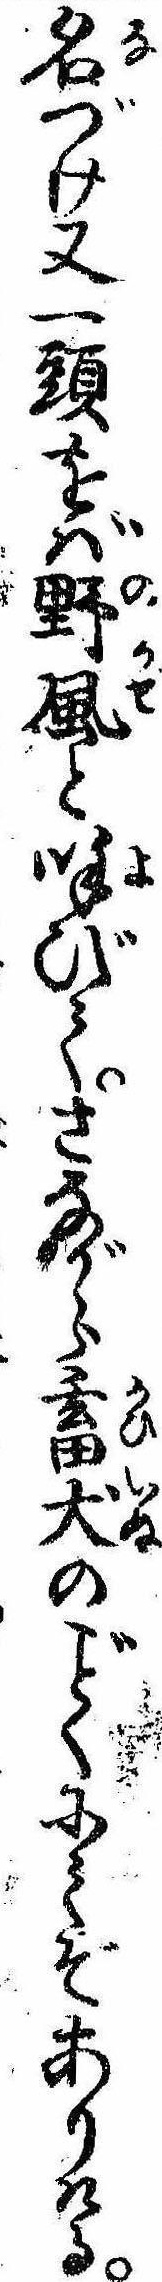
名づけ又一頭をば野風と呼びてさながら畜犬のくにてぞありける